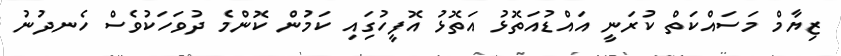
ޒިޔާމް މަސައްކަތް ކުރަނީ އައްޑުއަތޮޅު އަތޮޅު އޮފީހުގަިއި ކަމުން ކޮންމެ ދުވަހަކުވެސް ހެނދުނު